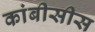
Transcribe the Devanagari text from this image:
कांबीसीस